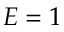
E = 1